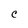
Character: C